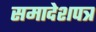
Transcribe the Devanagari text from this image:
समादेशपत्र